Reports on military cantonments and civil stations in the Presidency of Bombay inspected by the Sanitary Commissioner in the years 1875 and 1876
Year: 1875
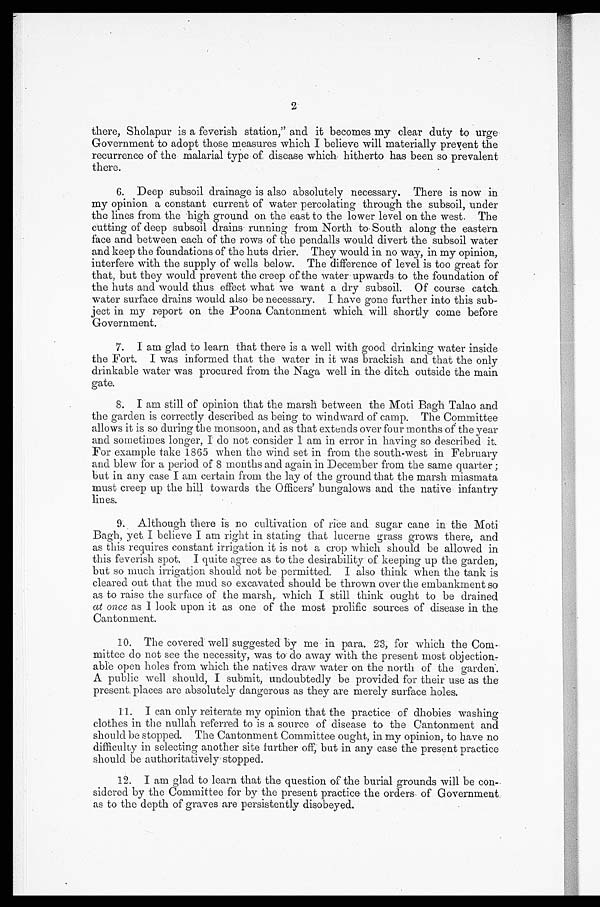
2
there, Sholapur is a feverish station," and it becomes my clear duty to urge
Government to adopt those measures which I believe will materially prevent the
recurrence of the malarial type of disease which hitherto has been so prevalent
there.
6. Deep subsoil drainage is also absolutely necessary. There is now in
my opinion a constant current of water percolating through the subsoil, under
the lines from the high ground on the east to the lower level on the west. The
cutting of deep subsoil drains running from North to South along the eastern
face and between each of the rows of the pendalls would divert the subsoil water
and keep the foundations of the huts drier. They would in no way, in my opinion,
interfere with the supply of wells below. The difference of level is too great for
that, but they would prevent the creep of the water upwards to the foundation of
the huts and would thus effect what we want a dry subsoil. Of course catch
water surface drains would also be necessary. I have gone further into this sub-
ject in my report on the Poona Cantonment which will shortly come before
Government.
7. I am glad to learn that there is a well with good drinking water inside
the Fort. I was informed that the water in it was brackish and that the only
drinkable water was procured from the Naga well in the ditch outside the main
gate.
8. I am still of opinion that the marsh between the Moti Bagh Talao and
the garden is correctly described as being to windward of camp. The Committee
allows it is so during the monsoon, and as that extends over four months of the year
and sometimes longer, I do not consider I am in error in having so described it.
For example take 1865 when the wind set in from the south-west in February
and blew for a period of 8 months and again in December from the same quarter;
but in any case I am certain from the lay of the ground that the marsh miasmata
must creep up the hill towards the Officers' bungalows and the native infantry
lines.
9. Although there is no cultivation of rice and sugar cane in the Moti
Bagh, yet I believe I am right in stating that lucerne grass grows there, and
as this requires constant irrigation it is not a crop which should be allowed in
this feverish spot. I quite agree as to the desirability of keeping up the garden,
but so much irrigation should not be permitted. I also think when the tank is
cleared out that the mud so excavated should be thrown over the embankment so
as to raise the surface of the marsh, which I still think ought to be drained
at once as I look upon it as one of the most prolific sources of disease in the
Cantonment.
10. The covered well suggested by me in para. 23, for which the Com-
mittee do not see the necessity, was to do away with the present most objection-
able open holes from which the natives draw water on the north of the garden.
A public well should, I submit, undoubtedly be provided for their use as the
present places are absolutely dangerous as they are merely surface holes.
11. I can only reiterate my opinion that the practice of dhobies washing
clothes in the nullah referred to is a source of disease to the Cantonment and
should be stopped. The Cantonment Committee ought, in my opinion, to have no
difficulty in selecting another site further off, but in any case the present practice
should be authoritatively stopped.
•
12. I am glad to learn that the question of the burial grounds will be con-
sidered by the Committee for by the present practice the orders of Government
as to the depth of graves are persistently disobeyed.